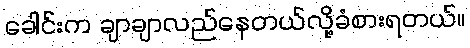
ခေါင်းက ချာချာလည်နေတယ်လို့ခံစားရတယ်။